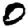
Digit: 0